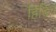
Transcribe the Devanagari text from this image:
हिडिच